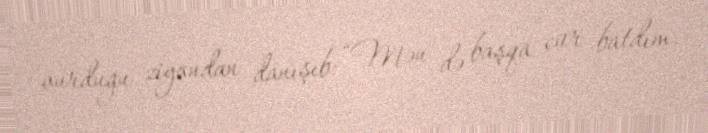
vurduğu ziyandan danışıb: “Mən də başqa cür batdım.